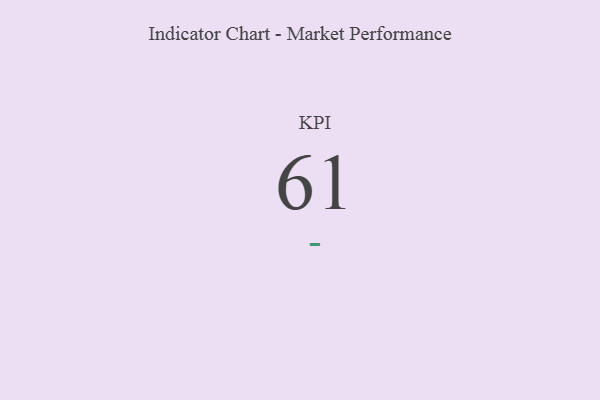
{"axis": {"x": "KPI", "y": "Value"}, "legend": [""], "data": [{"x": "KPI", "y": 61, "type": ""}]}